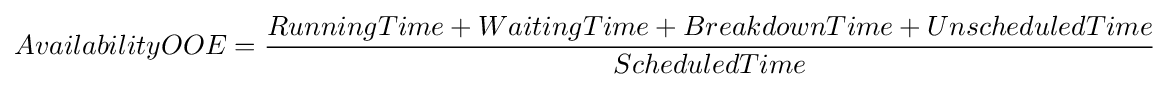
AvailabilityOOE={\frac {RunningTime+WaitingTime+BreakdownTime+UnscheduledTime}{ScheduledTime}}